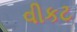
વીકટ